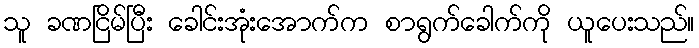
သူ ခဏငြိမ်ပြီး ခေါင်းအုံးအောက်က စာရွက်ခေါက်ကို ယူပေးသည်။